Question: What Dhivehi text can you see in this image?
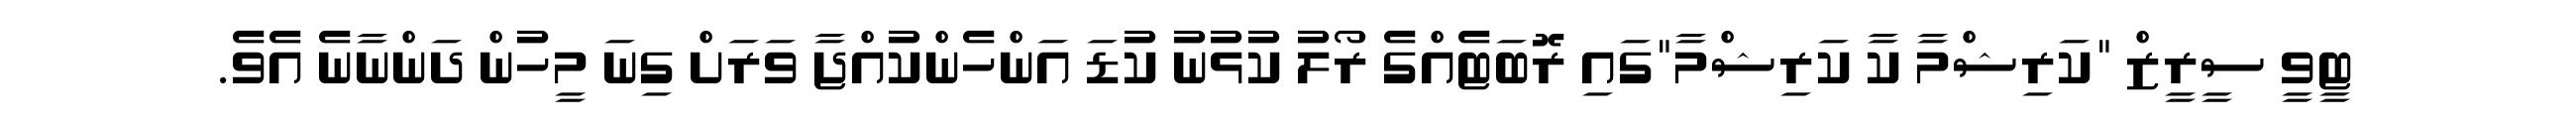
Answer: ޓީވީ ސީރީޒް "ކަރިޝްމާ ކާ ކަރިޝްމާ"ގައި ރޮބަޓެއްގެ ރޯލު ކުޅުނު ކުޑަ އަންހެންކުއްޖާ ވަރަށް ގިނަ މީހުން ދަންނާނެ އެވެ.